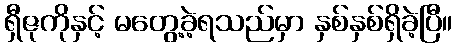
ရှီဇုကိုနှင့် မတွေ့ခဲ့ရသည်မှာ နှစ်နှစ်ရှိခဲ့ပြီ။